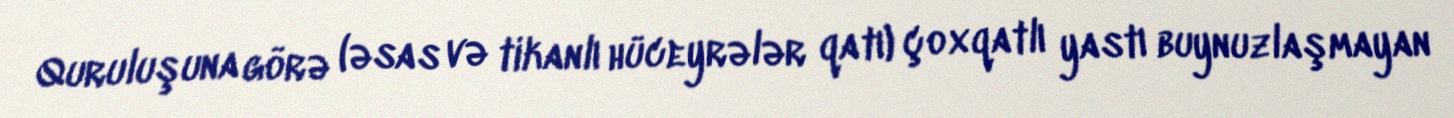
Quruluşuna görə (əsas və tikanlı hüceyrələr qatı) çoxqatlı yastı buynuzlaşmayan